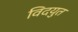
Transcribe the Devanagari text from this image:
विदयुत